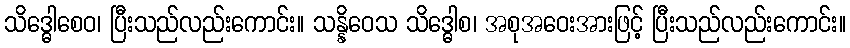
သိဒ္ဓေါစေဝ၊ ပြီးသည်လည်းကောင်း။ သန္နိဝေသ သိဒ္ဓေါစ၊ အစုအဝေးအားဖြင့် ပြီးသည်လည်းကောင်း။